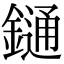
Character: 𨫤